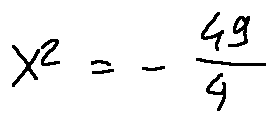
X _ { 2 } = - \frac { 4 9 } { 4 }